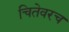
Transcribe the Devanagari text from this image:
चितेवरच